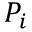
P _ { i }